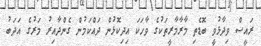
ރައީސް ވިދާޅުވީ ބޮޑެތި މާރާމާރީތަކުގެ ވާހަކަ އިދިކޮޅުން ދައްކަމުން ގެންދާއިރު މަރުގެ އަދަބު